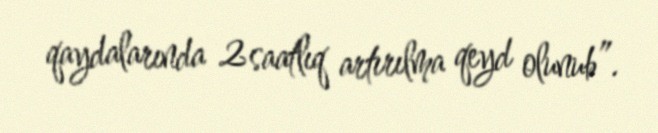
qaydalarında 2 saatlıq artırılma qeyd olunub”.